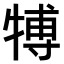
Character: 𤚽